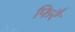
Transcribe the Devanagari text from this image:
फिरैं